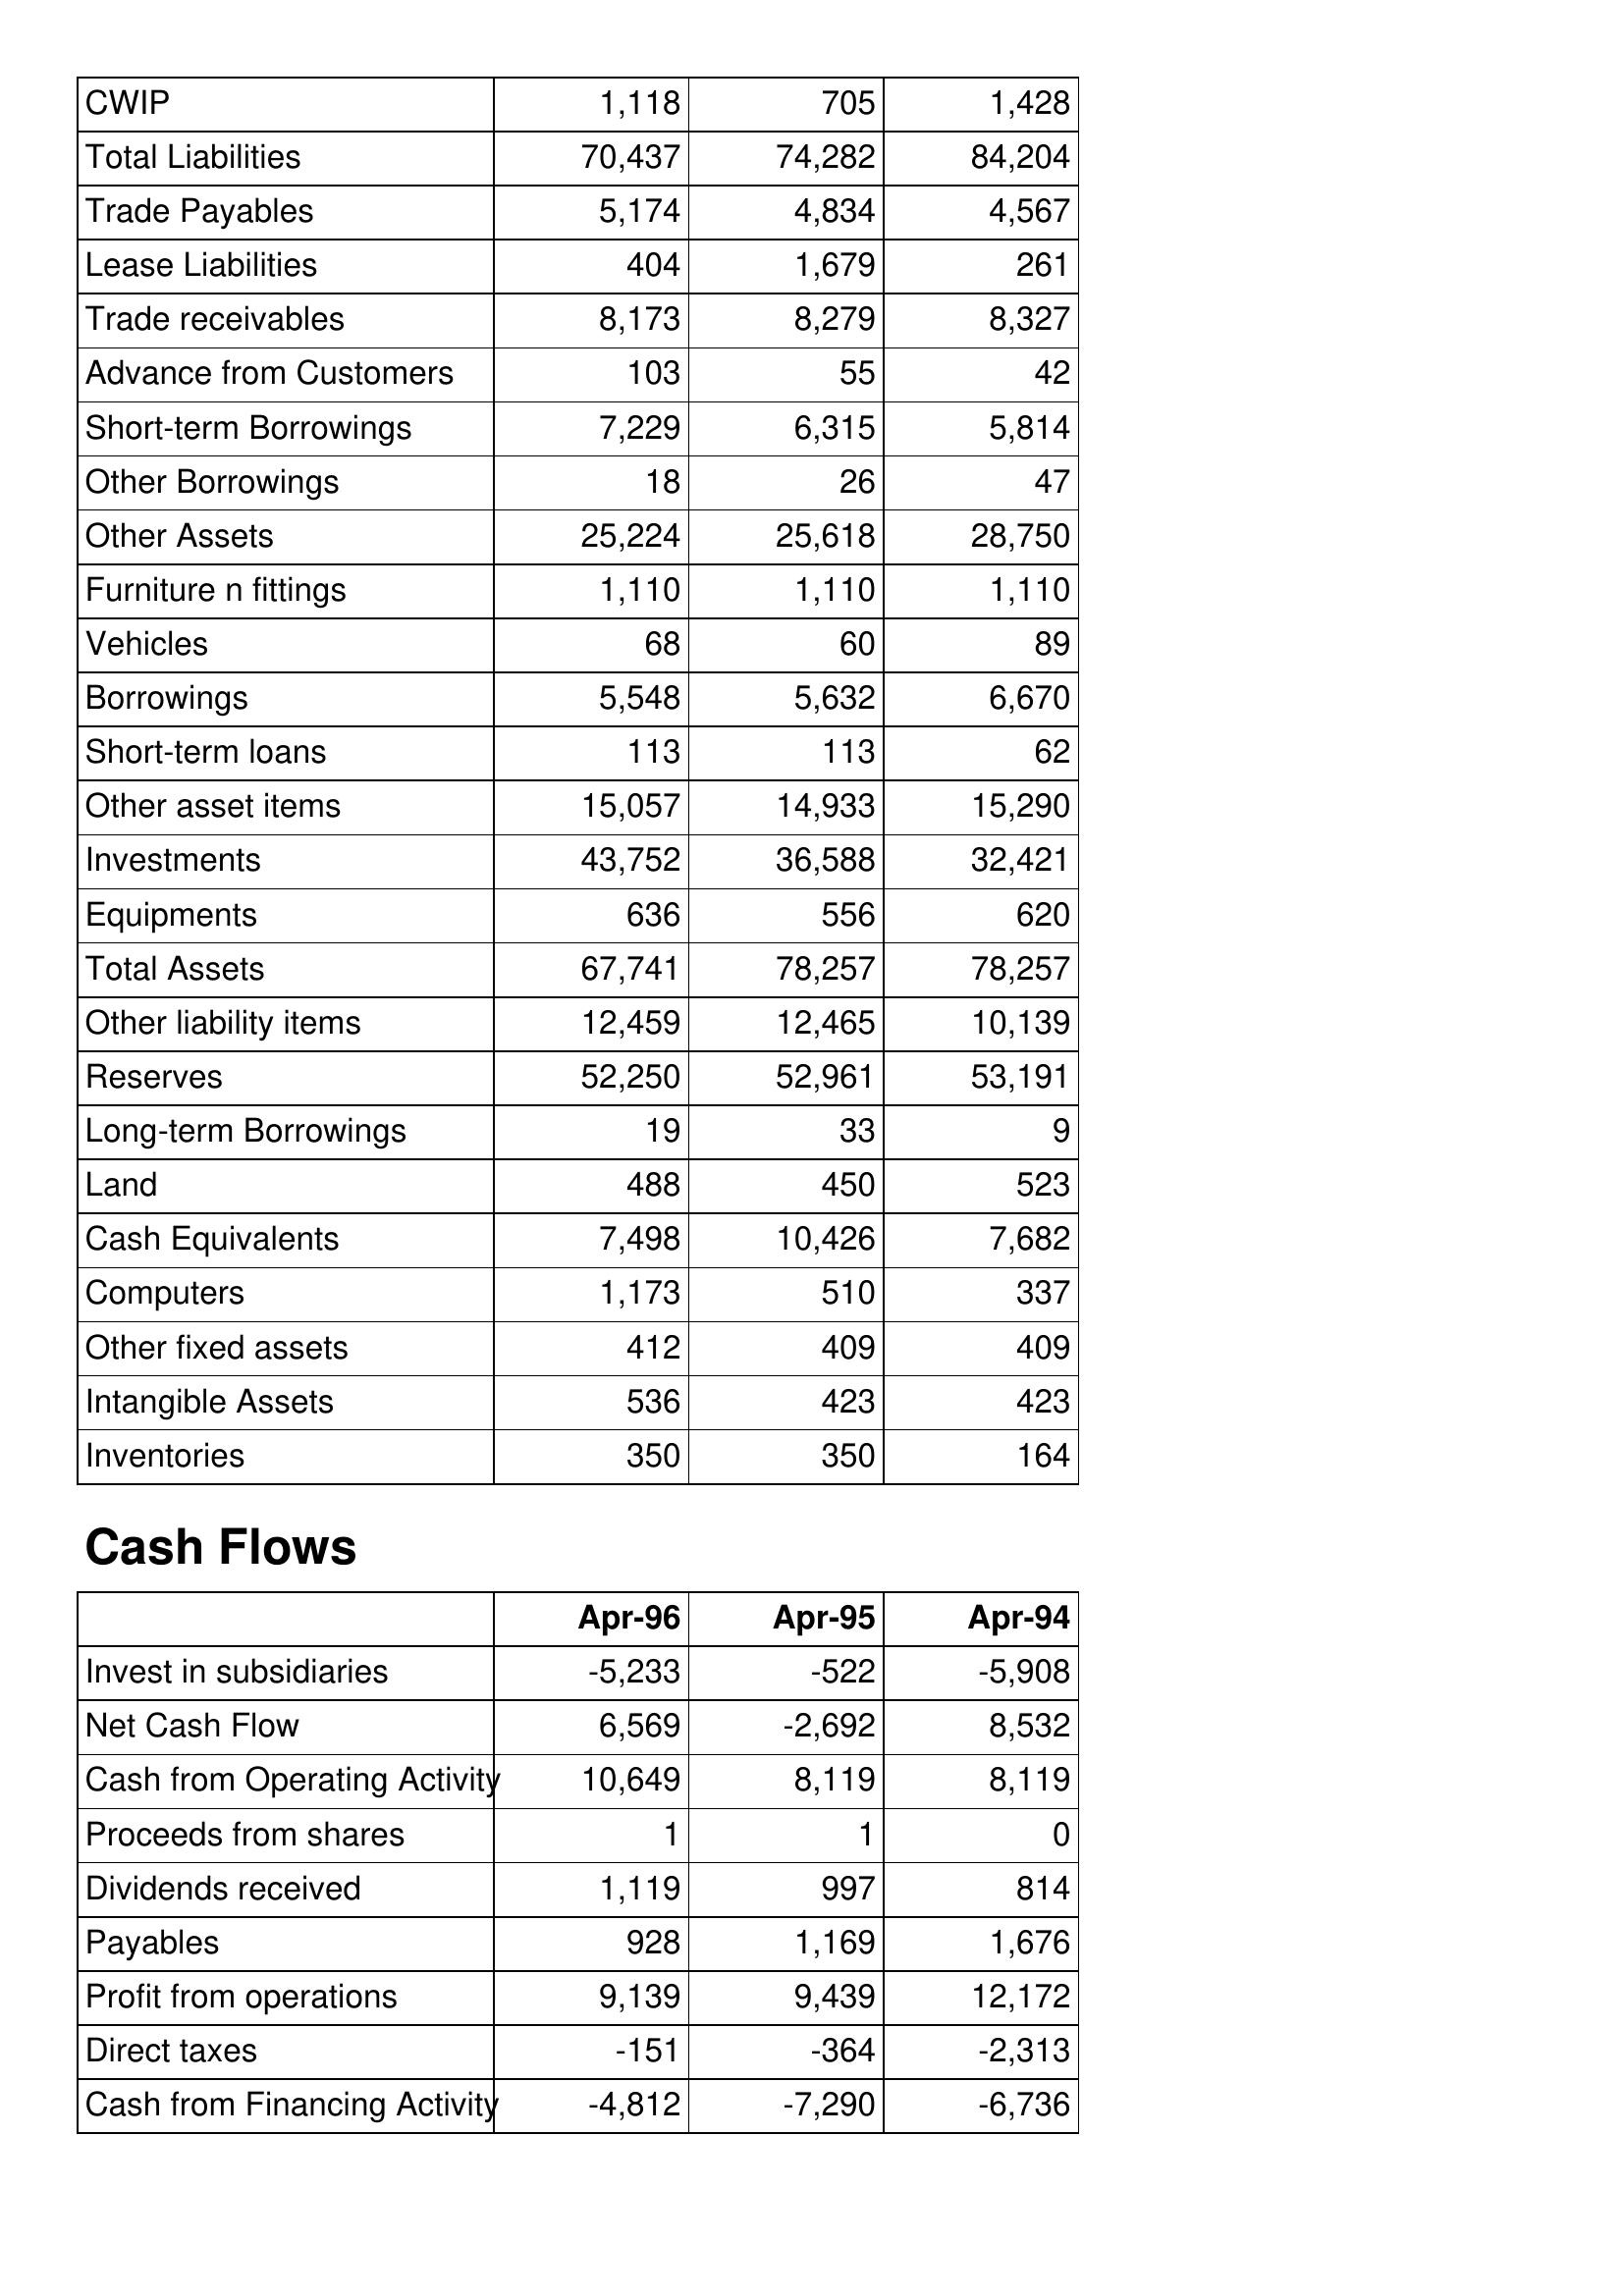
Apr-96: Balance Sheet: CWIP: 1,118
Total Liabilities: 70,437
Trade Payables: 5,174
Lease Liabilities: 404
Trade receivables: 8,173
Advance from Customers: 103
Short-term Borrowings: 7,229
Other Borrowings: 18
Other Assets: 25,224
Furniture n fittings: 1,110
Vehicles: 68
Borrowings: 5,548
Short-term loans: 113
Other asset items: 15,057
Investments: 43,752
Equipments: 636
Total Assets: 67,741
Other liability items: 12,459
Reserves: 52,250
Long-term Borrowings: 19
Land: 488
Cash Equivalents: 7,498
Computers: 1,173
Other fixed assets: 412
Intangible Assets: 536
Inventories: 350
Cash Flows: Invest in subsidiaries: -5,233
Net Cash Flow: 6,569
Cash from Operating Activity: 10,649
Proceeds from shares: 1
Dividends received: 1,119
Payables: 928
Profit from operations: 9,139
Direct taxes: -151
Cash from Financing Activity: -4,812
Apr-95: Balance Sheet: CWIP: 705
Total Liabilities: 74,282
Trade Payables: 4,834
Lease Liabilities: 1,679
Trade receivables: 8,279
Advance from Customers: 55
Short-term Borrowings: 6,315
Other Borrowings: 26
Other Assets: 25,618
Furniture n fittings: 1,110
Vehicles: 60
Borrowings: 5,632
Short-term loans: 113
Other asset items: 14,933
Investments: 36,588
Equipments: 556
Total Assets: 78,257
Other liability items: 12,465
Reserves: 52,961
Long-term Borrowings: 33
Land: 450
Cash Equivalents: 10,426
Computers: 510
Other fixed assets: 409
Intangible Assets: 423
Inventories: 350
Cash Flows: Invest in subsidiaries: -522
Net Cash Flow: -2,692
Cash from Operating Activity: 8,119
Proceeds from shares: 1
Dividends received: 997
Payables: 1,169
Profit from operations: 9,439
Direct taxes: -364
Cash from Financing Activity: -7,290
Apr-94: Balance Sheet: CWIP: 1,428
Total Liabilities: 84,204
Trade Payables: 4,567
Lease Liabilities: 261
Trade receivables: 8,327
Advance from Customers: 42
Short-term Borrowings: 5,814
Other Borrowings: 47
Other Assets: 28,750
Furniture n fittings: 1,110
Vehicles: 89
Borrowings: 6,670
Short-term loans: 62
Other asset items: 15,290
Investments: 32,421
Equipments: 620
Total Assets: 78,257
Other liability items: 10,139
Reserves: 53,191
Long-term Borrowings: 9
Land: 523
Cash Equivalents: 7,682
Computers: 337
Other fixed assets: 409
Intangible Assets: 423
Inventories: 164
Cash Flows: Invest in subsidiaries: -5,908
Net Cash Flow: 8,532
Cash from Operating Activity: 8,119
Proceeds from shares: 0
Dividends received: 814
Payables: 1,676
Profit from operations: 12,172
Direct taxes: -2,313
Cash from Financing Activity: -6,736